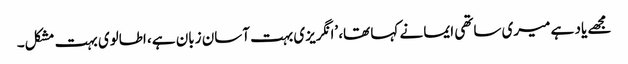
مجھے یاد ہے میری ساتھی ایما نے کہا تھا، ’انگریزی بہت آسان زبان ہے، اطالوی بہت مشکل۔